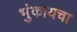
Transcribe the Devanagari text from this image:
भुंकायचा